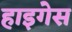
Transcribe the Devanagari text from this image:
हाइगेस